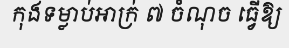
កុងទម្លាប់អាក្រ់ ៧ ចំណុច ធ្វើឱ្យ